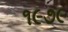
૧૯૭૯